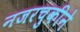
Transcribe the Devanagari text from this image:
नजरचुकीने